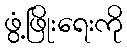
ဖွံ့ဖြိုးရေးကို